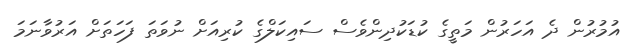
އުމުރުން ދެ އަހަރުން މަތީގެ ކުޑަކުދިންވެސް ސައިކަލްގެ ކުރިއަށް ނުވަތަ ފަހަތަށް އަރުވާނަމަ